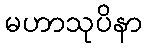
မဟာသုပိနာ